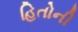
હિતોની